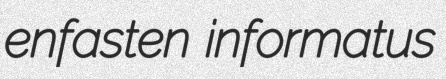
enfasten informatus